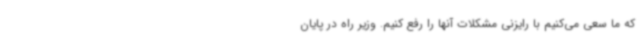
که ما سعی می‌کنیم با رایزنی مشکلات آنها را رفع کنیم. وزیر راه در پایان